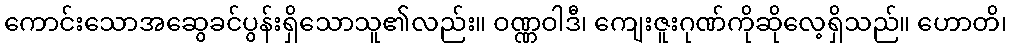
ကောင်းသောအဆွေခင်ပွန်းရှိသောသူ၏လည်း။ ဝဏ္ဏဝါဒီ၊ ကျေးဇူးဂုဏ်ကိုဆိုလေ့ရှိသည်။ ဟောတိ၊